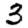
Digit: 3